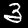
Label: 3